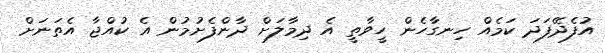
އުފެދޭފަދަ ކަމެއް ހިނގާހެން ހީވާތީ އެ ދިމާލަށް ދާންފެށުމުން އެ ކުއްޖާ އެތަނަށް